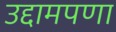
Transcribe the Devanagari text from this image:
उद्दामपणा